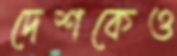
দেশকেও